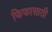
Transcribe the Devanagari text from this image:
फिफासाठी